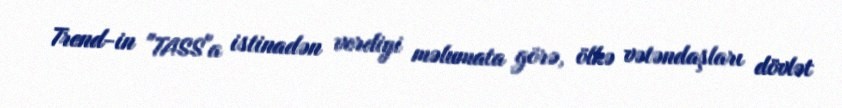
Trend-in "TASS"a istinadən verdiyi məlumata görə, ölkə vətəndaşları dövlət